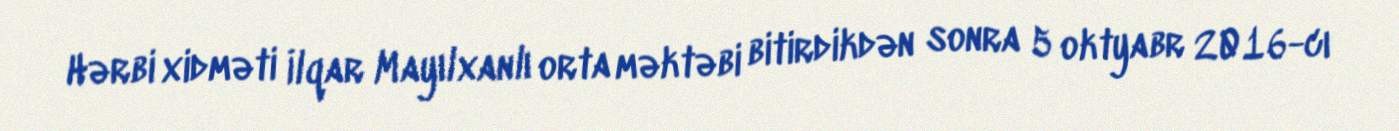
Hərbi xidməti İlqar Mayılxanlı orta məktəbi bitirdikdən sonra 5 oktyabr 2016-cı